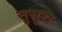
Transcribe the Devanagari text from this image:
त्तुसुरो